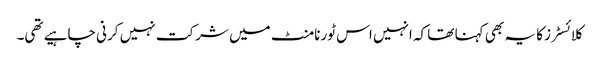
کلائسٹرز کا یہ بھی کہنا تھا کہ انہیں اس ٹورنامنٹ میں شرکت نہیں کرنی چاہیے تھی۔